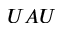
U A U